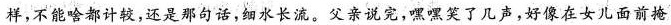
样，不能啥都计较，还是那句话，如水长流。父亲说完，嘿嘿笑了几声，好像在女儿面前掩